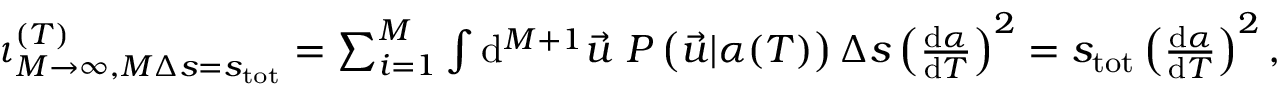
\begin{array} { r } { \iota _ { M \rightarrow \infty , M \Delta s = s _ { \mathrm { t o t } } } ^ { ( T ) } = \sum _ { i = 1 } ^ { M } \int \mathrm { d } ^ { M + 1 } \vec { u } \ P \left( \vec { u } | \alpha ( T ) \right) \Delta s \left( \frac { \mathrm { d } \alpha } { \mathrm { d } T } \right) ^ { 2 } = s _ { \mathrm { t o t } } \left( \frac { \mathrm { d } \alpha } { \mathrm { d } T } \right) ^ { 2 } , } \end{array}